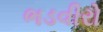
ભડવીરો